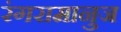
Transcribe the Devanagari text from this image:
रंगरामानुज